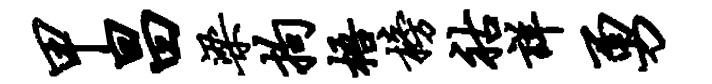
甲昌梁拘梧榜祜详勇